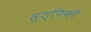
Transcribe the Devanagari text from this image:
सुश्फिकी